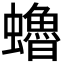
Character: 𧔎